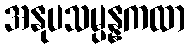
အနုပသမ္ပန္နကထာ